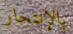
بالإنتحار